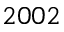
2 0 0 2